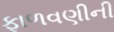
ફાળવણીની